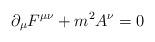
LaTeX: \begin{align*}\partial_{\mu}F^{\mu\nu} + m^2 A^\nu = 0 \end{align*}